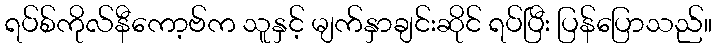
ရပ်စ်ကိုလ်နီကော့ဗ်က သူနှင့် မျက်နှာချင်းဆိုင် ရပ်ပြီး ပြန်ပြောသည်။